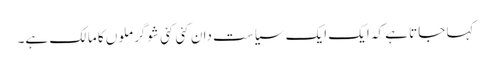
کہا جاتا ہے کہ ایک ایک سیاست دان کئی کئی شوگر ملوں کا مالک ہے۔